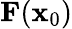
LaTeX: \mathbf{F}(\mathbf{x}_{\mathrm{0}})